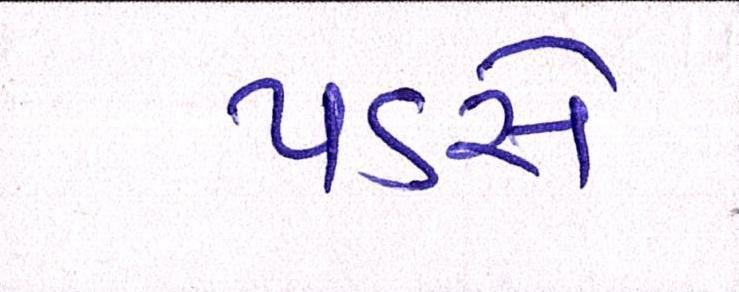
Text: પડસે